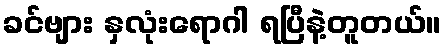
ခင်ဗျား နှလုံးရောဂါ ရပြီနဲ့တူတယ်။